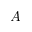
A